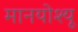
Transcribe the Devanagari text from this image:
मानयोश्यू